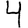
Digit: 4